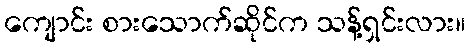
ကျောင်း စားသောက်ဆိုင်က သန့်ရှင်းလား။